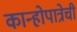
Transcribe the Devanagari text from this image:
कान्होपात्रेची